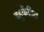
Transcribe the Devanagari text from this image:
बहुकेंद्रित